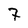
Character: 7